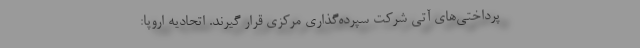
پرداختی‌های آتی شرکت سپرده‌گذاری مرکزی قرار گیرند. اتحادیه اروپا: